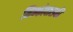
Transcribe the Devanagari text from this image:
मिन्कोवासकी